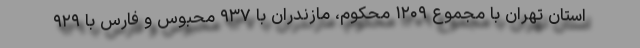
استان تهران با مجموع ۱۲۰۹ محکوم، مازندران با ۹۳۷ محبوس و فارس با ۹۲۹